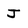
Character: J